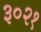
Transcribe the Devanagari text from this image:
३०२१